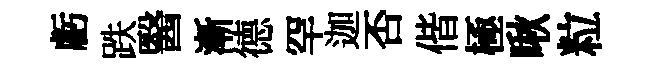
虧跌醫漸德罕迦否偕極啾粒